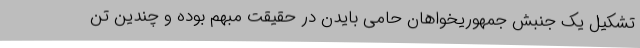
تشکیل یک جنبش جمهوریخواهان حامی بایدن در حقیقت مبهم بوده و چندین تن